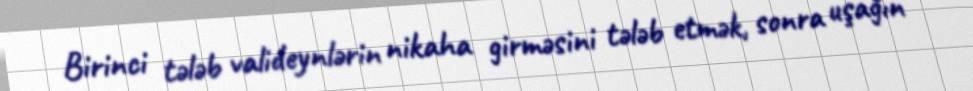
Birinci tələb valideynlərin nikaha girməsini tələb etmək, sonra uşağın